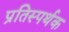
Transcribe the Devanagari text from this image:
प्रतिस्पर्थक